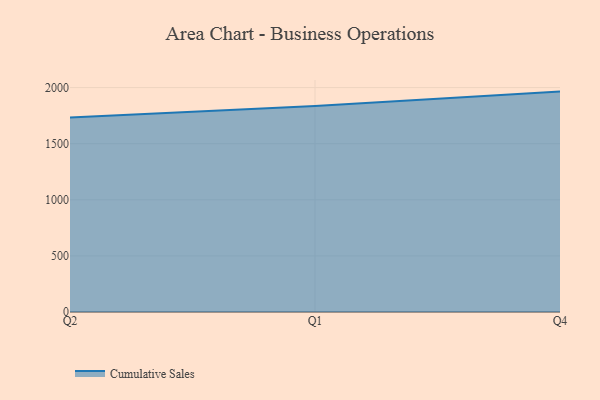
{"axis": {"x": "Quarter", "y": "Customer Acquisition Cost (USD)"}, "legend": ["Cumulative Sales"], "data": [{"x": "Q2", "y": 1733.9, "type": "Cumulative Sales"}, {"x": "Q1", "y": 1835.6, "type": "Cumulative Sales"}, {"x": "Q4", "y": 1964.3, "type": "Cumulative Sales"}]}